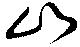
山